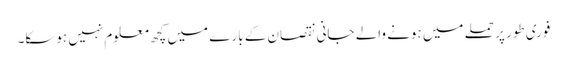
فوری طور پر حملے میں ہونے والے جانی نقصان کے بارے میں کچھ معلوم نہیں ہوسکا۔